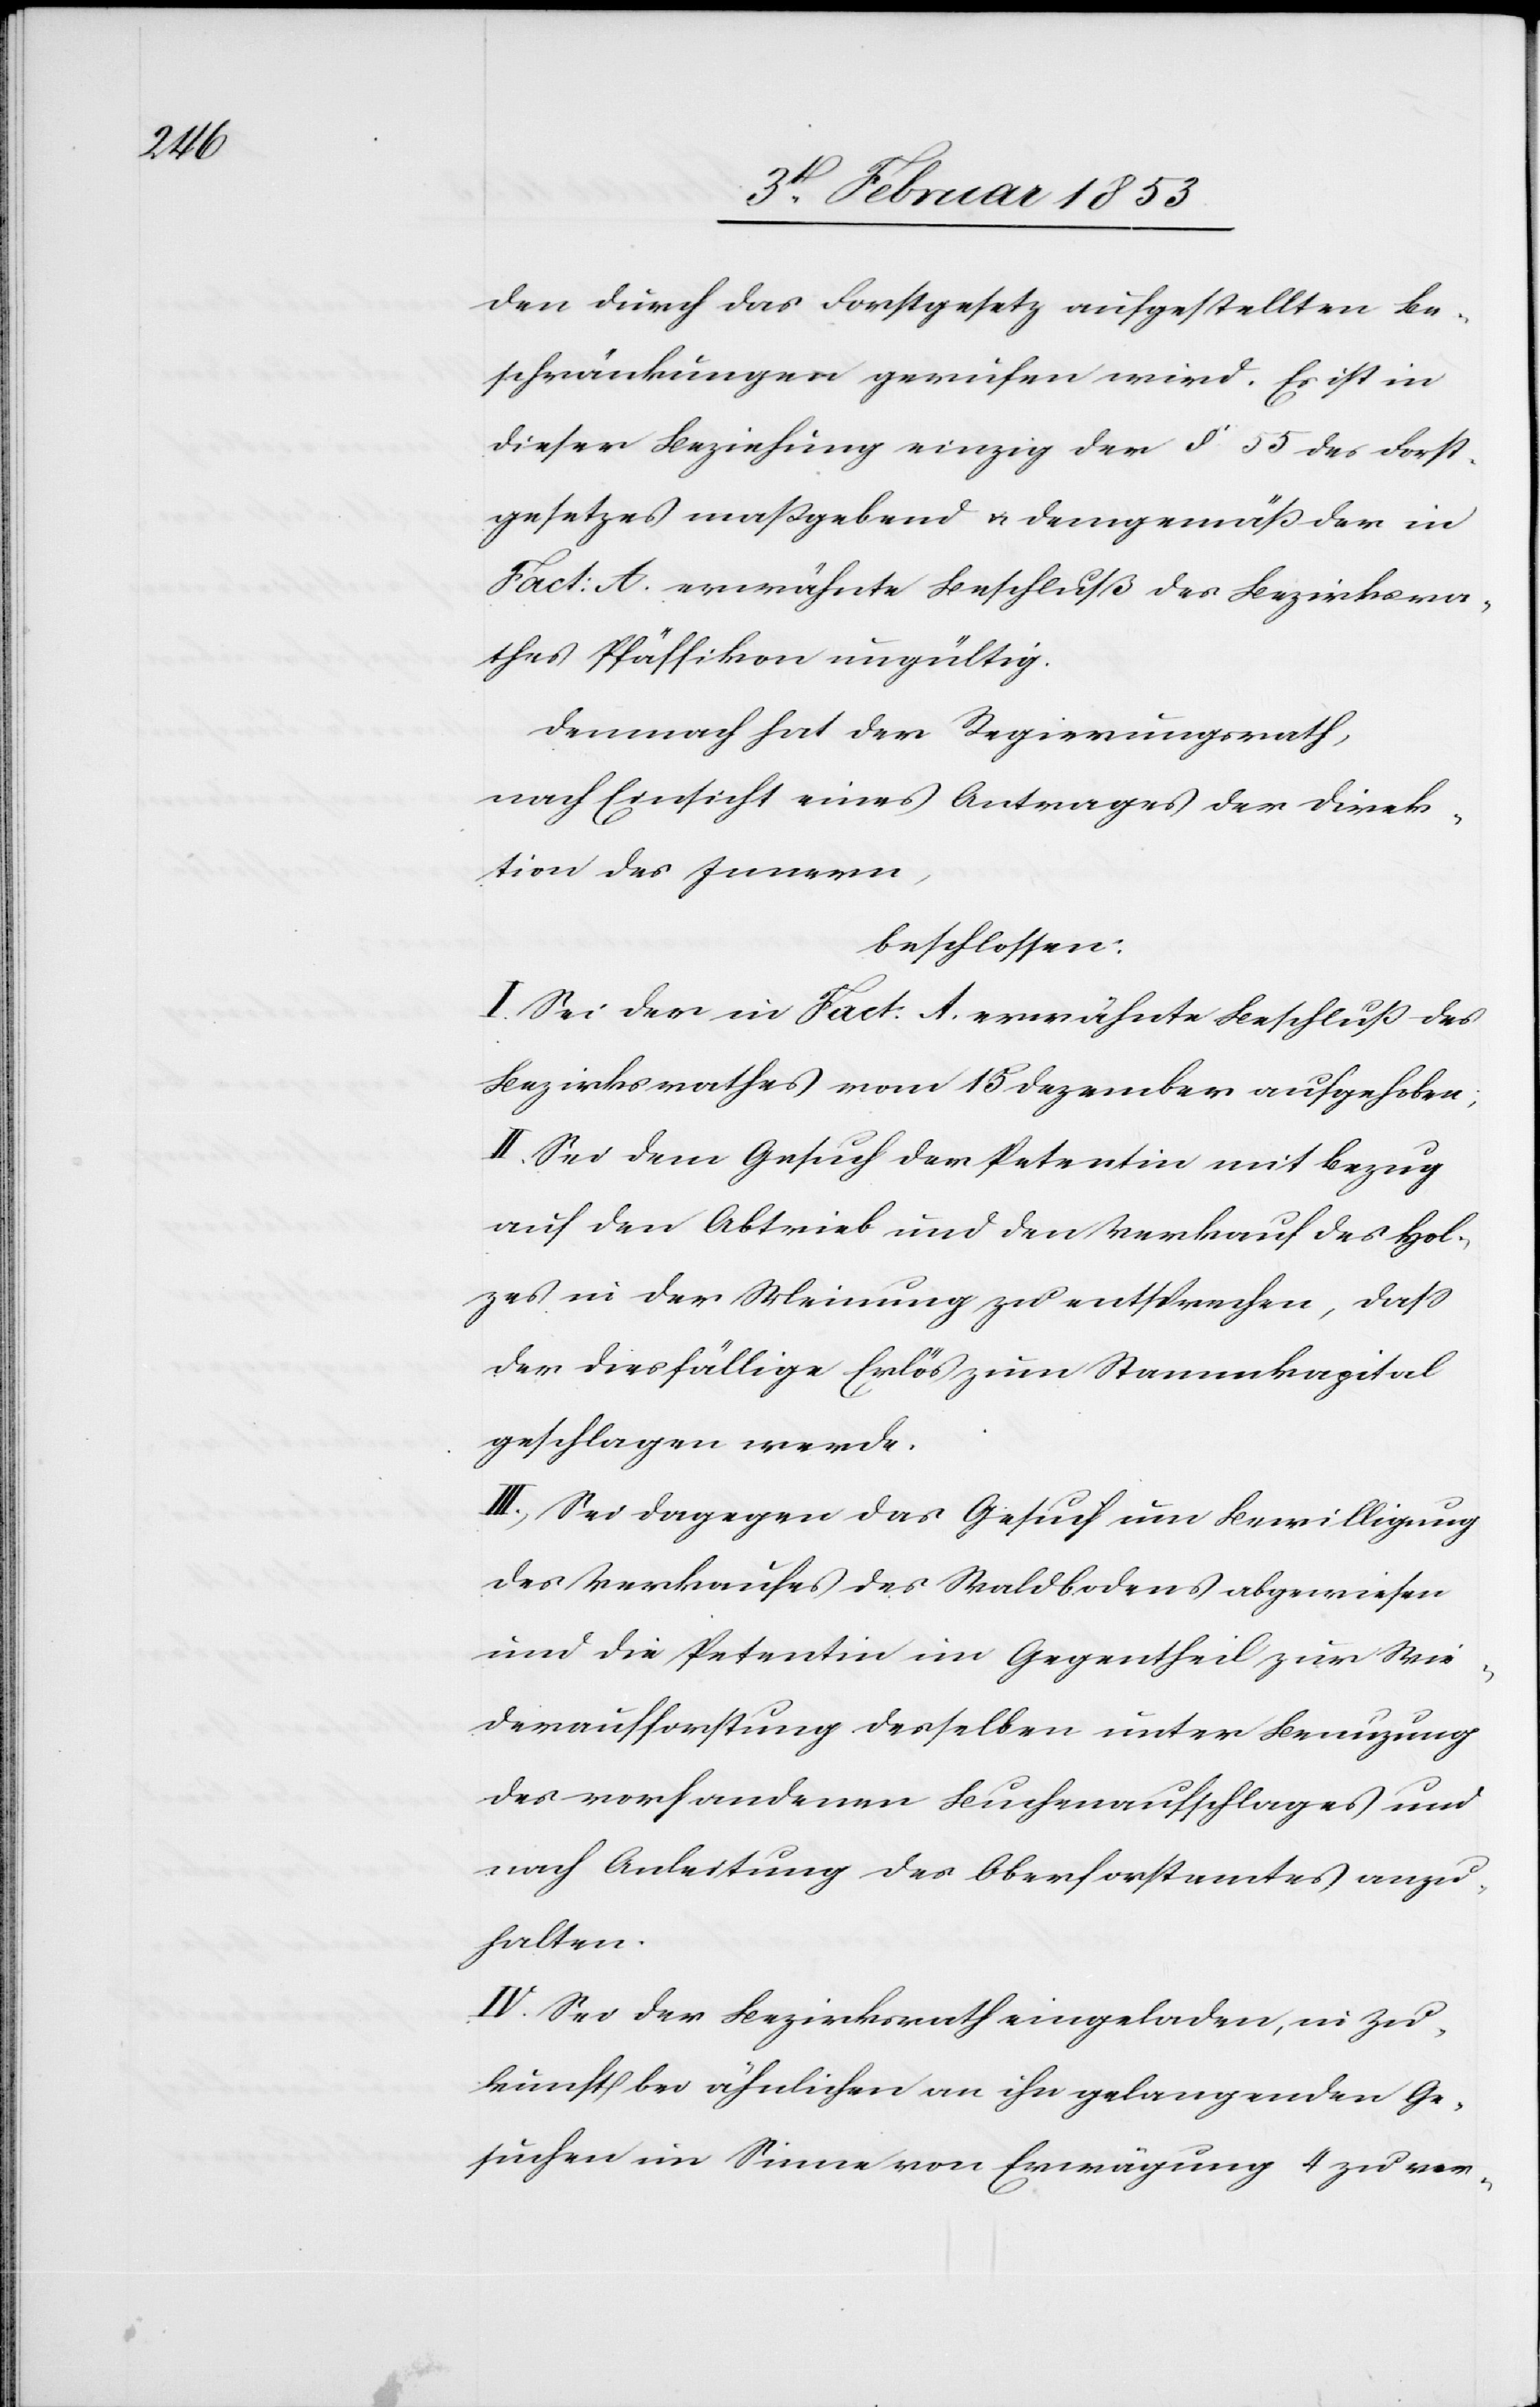
den durch das Forstgesetz aufgestellten Be¬
schränkungen gewichen wird. Es ist in
dieser Beziehung einzig der § 55 des Forst¬
gesetzes nachstehend u. demgemäß der in
Fact: A. erwähnte Beschluß des Bezirksra¬
thes Pfäffikon ungültig.
Demnach hat der Regierungsrath,
nach Einsicht eines Antrages der Direk¬
tion des Innern,
beschlossen:
I. Sei der in Fact: A. erwähnte Beschluß des
Bezirksrathes vom 15 Dezember aufgehoben.
II. Sei dem Gesuch der Petentin mit Bezug
auf den Abtrieb und den Verkauf des Hol¬
zes in der Meinung zu entsprechen, daß
der dießfällige Erlös zum Stammkapital
geschlagen werde.
III. Sei dagegen das Gesuch um Bewilligung
des Verkaufes des Waldbodens abgewiesen
und die Petentin im Gegentheil zur Wie¬
deraufforstung desselben unter Benuzung
des vorhandenen Buchenaufschlages und
nach Anleitung des Oberforstamtes anzu¬
halten.
IV. Sei der Bezirksrathe einzuladen, in Zu¬
kunft bei ähnlichen an ihn gelangenden Ge¬
suchen im Sinne von Erwägung 4 zu ver-